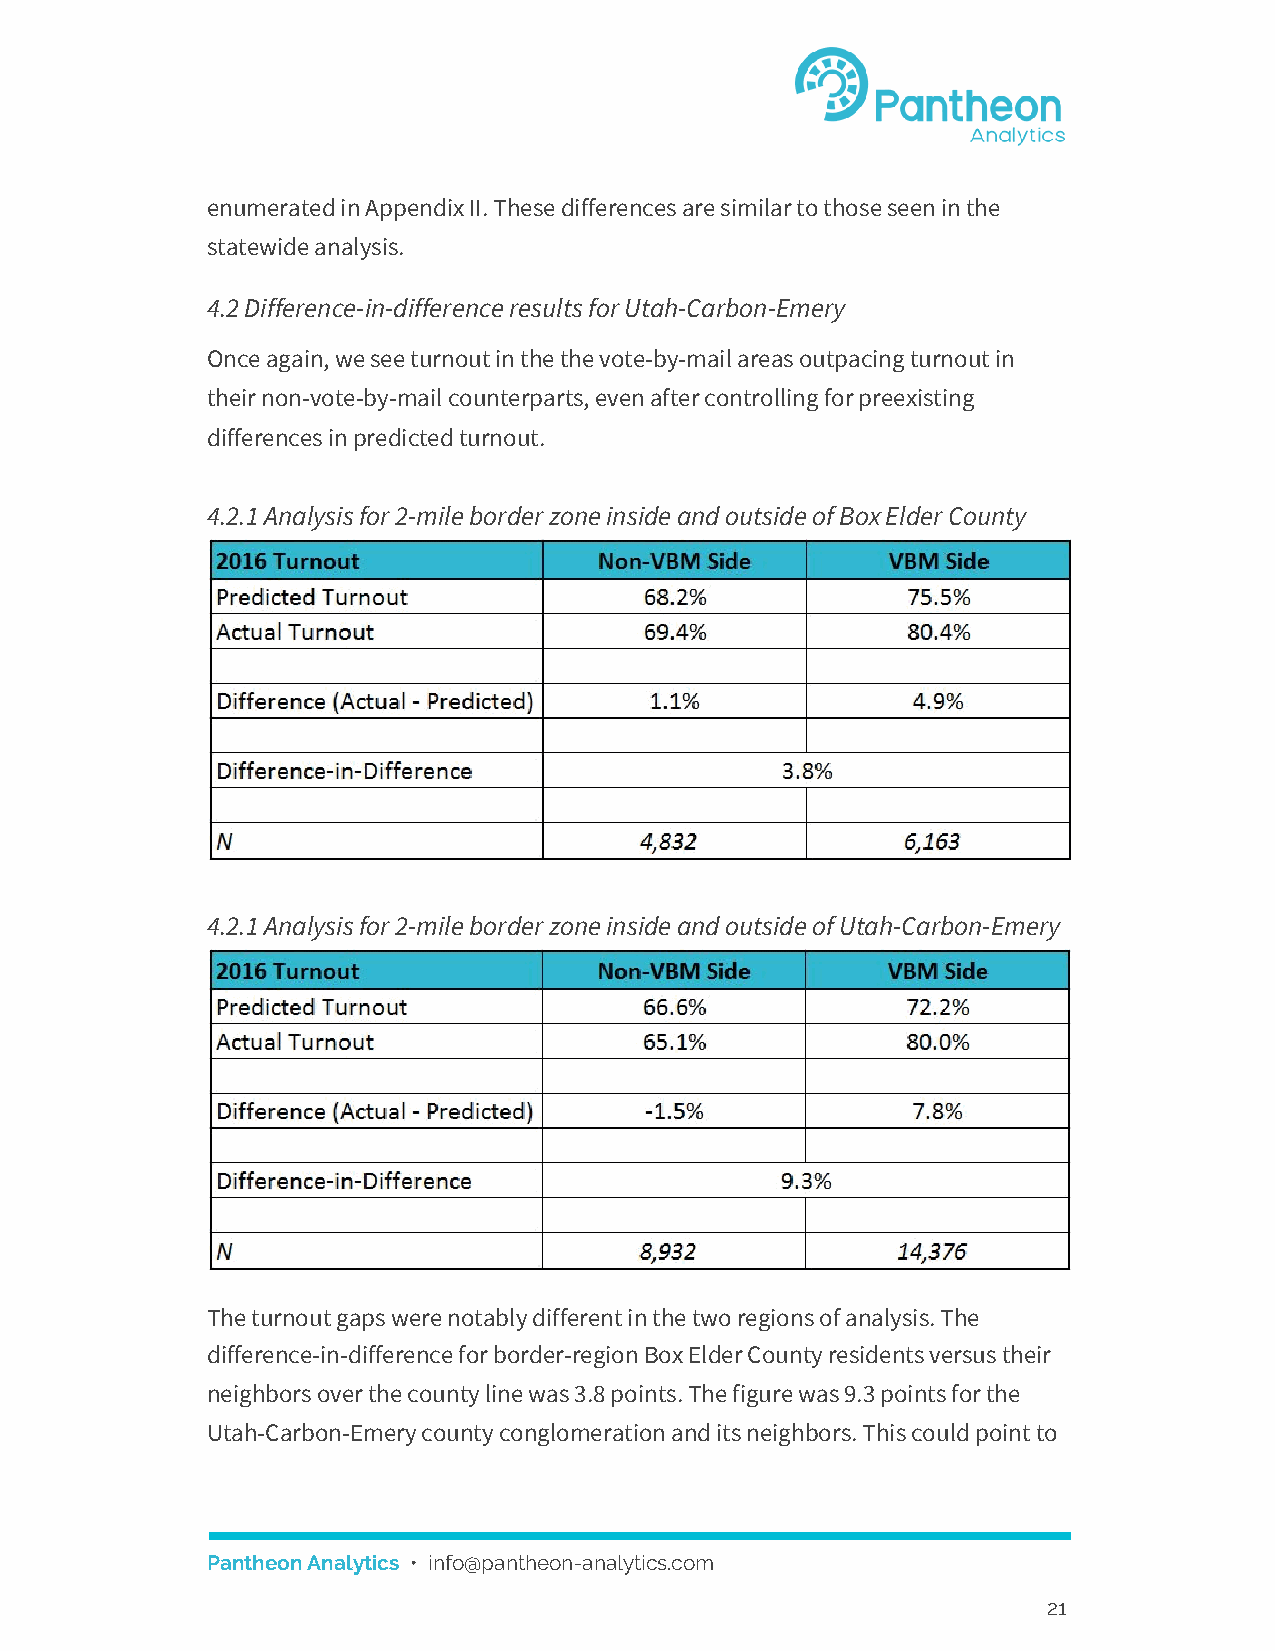
enumerated in Appendix II. These differences are similar to those seen in the
 statewide analysis.
 4.2 Difference-in-difference results for Utah-Carbon-Emery
 Once again, we see turnout in the the vote-by-mail areas outpacing turnout in
 their non-vote-by-mail counterparts, even after controlling for preexisting
 differences in predicted turnout.
 4.2.1 Analysis for 2-mile border zone inside and outside of Box Elder County
 4.2.1 Analysis for 2-mile border zone inside and outside of Utah-Carbon-Emery
 The turnout gaps were notably different in the two regions of analysis. The
 difference-in-difference for border-region Box Elder County residents versus their
 neighbors over the county line was 3.8 points. The figure was 9.3 points for the
 Utah-Carbon-Emery county conglomeration and its neighbors. This could point to
 Pantheon Analytics • info@pantheon-analytics.com
 ​
 21